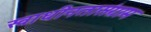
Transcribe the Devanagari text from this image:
स्वाधीनतासंग्राम